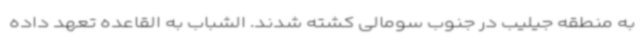
به منطقه جیلیب در جنوب سومالی کشته شدند. الشباب به القاعده تعهد داده